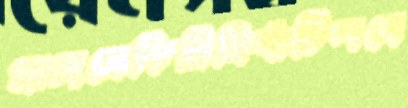
প্রাঙ্গনেফিরিনিঘাঁটিলবে